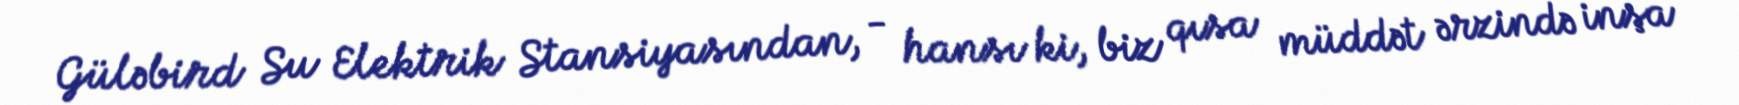
Güləbird Su Elektrik Stansiyasından, - hansı ki, biz qısa müddət ərzində inşa